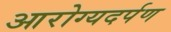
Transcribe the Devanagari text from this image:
आरोग्यदर्पण